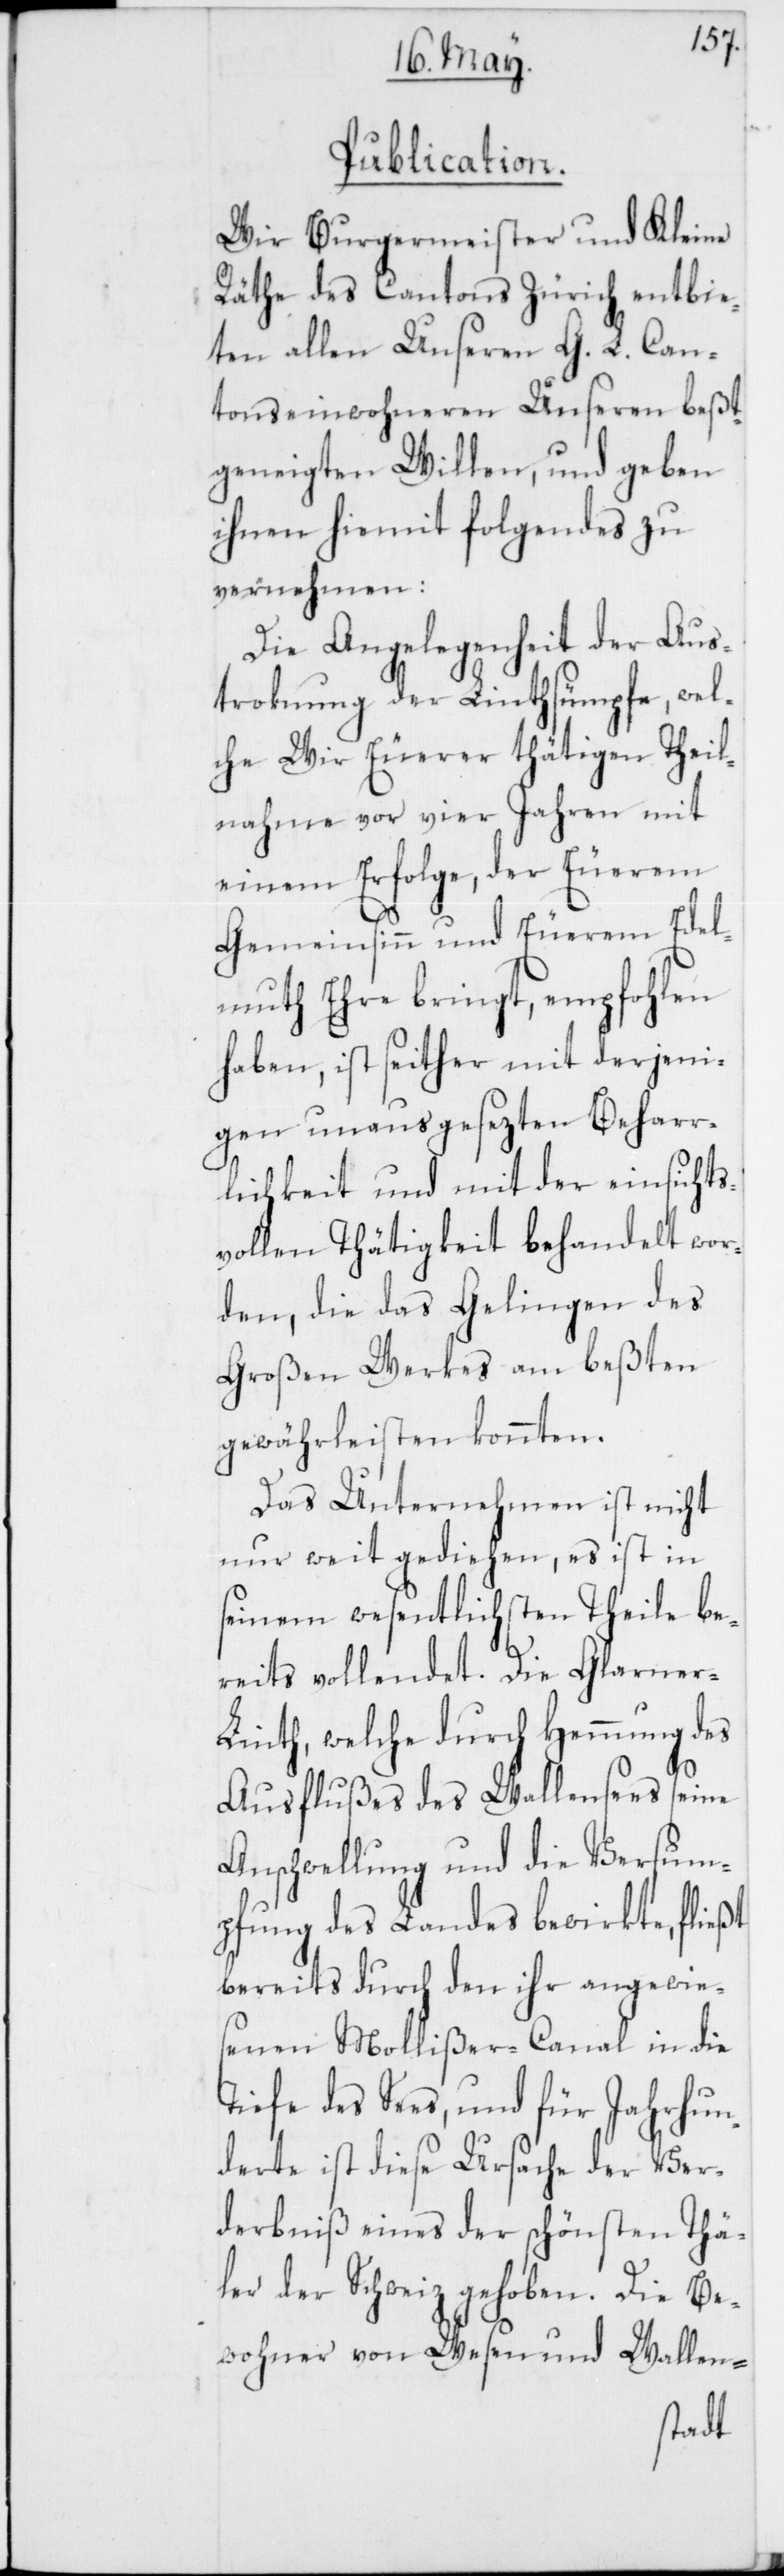
Publication.
Wir Burgermeister und Kleine
Räthe des Cantons Zürich entbie¬
ten allen Unseren G. L. Can¬
tonseinwohneren Unseren beßt¬
geneigten Willen, und geben
ihnen hiemit Folgendes zu
vernehmen:
Die Angelegenheit der Aus¬
troknung der Linthsümpfe, wel¬
che Wir Euerer thätigen Theil¬
nahme vor vier Jahren mit
einem Erfolge, der Euerem
Gemeinsinn und Euerem Edel¬
muth Ehre bringt, empfohlen
haben, ist seither mit derjeni¬
gen unausgesezten Beharr¬
lichkeit und mit der einsichts¬
vollen Thätigkeit behandelt wor¬
den, die das Gelingen des
Großen Werkes am beßten
gewährleisten konnten.
Das Unternehmen ist nicht
nur weit gediehen, es ist in
seinem wesentlichsten Theile be¬
reits vollendet. Die Glarne¬
r-Linth, welche durch Hemmung des
Ausflußes des Wallensees seine
Anschwellung und die Versum¬
pfung des Landes bewirkte, fließt
bereits durch den ihr angewie¬
senen Mollißer-Canal in die
Tiefe des Sees, und für Jahrhun¬
derte ist diese Ursache der Ver¬
derbniß eines der schönsten Thä¬
ler der Schweiz gehoben. Die Be¬
wohner von Wesen und Wallen-